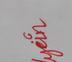
Signature authenticity: genuine